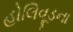
હોલિવૂડના